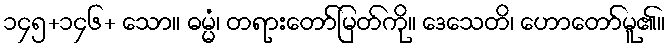
၁၄၅+၁၄၆+ သော။ ဓမ္မံ၊ တရားတော်မြတ်ကို။ ဒေသေတိ၊ ဟောတော်မူ၏။